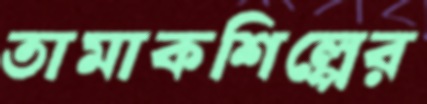
তামাকশিল্পের